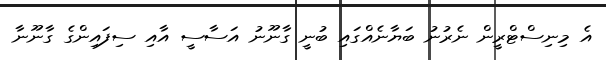
އެ މިނިސްޓްރީން ނެރުނު ބަޔާނެއްގައި ބުނީ ގާނޫނު އަސާސީ އާއި ސިފައިންގެ ގާނޫނާ